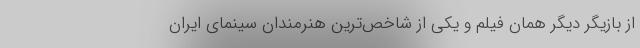
از بازیگر دیگر همان فیلم و یکی از شاخص‌ترین هنرمندان سینمای ایران